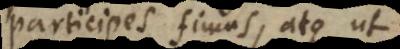
participes fimus, atque ut